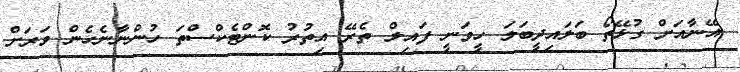
އޭނާއަށް ގުޅޭތޯ ބަލައިދީބަލަ ހީވަނީ ފައިލް ތެރޭ އިތުރު ކޮންޓެކްސްތަ ހުންނާނެހެން ވަރަށް